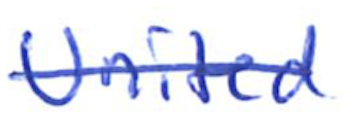
Text: United
Cross-out: single-line
Writing tool: ballpoint